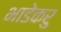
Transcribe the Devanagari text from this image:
भाडेकरु